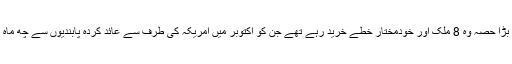
ایران کے تیل کی برآمدات کا بڑا حصہ وہ 8 ملک اور خودمختار خطے خرید رہے تھے جن کو اکتوبر میں امریکہ کی طرف سے عائد کردہ پابندیوں سے چھ ماہ کا عارضی استثنیٰ دیا گیا تھا۔